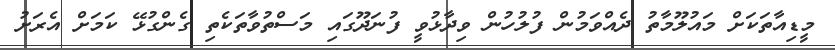
މީޑިއާތަކަށް މައުލޫމާތު ދެއްވަމުން ފުލުހުން ވިދާޅުވީ ފުނަދޫގައި މަސްތުވާތަކެތި ގެންގުޅޭ ކަމަށް އެރަށު